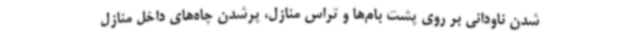
شدن ناودانی بر روی پشت بام‌ها و تراس منازل، پرشدن چاه‌های داخل منازل